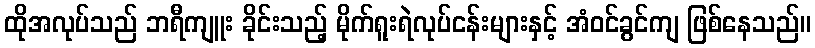
ထိုအလုပ်သည် ဘရီကျူး ခိုင်းသည့် မိုက်ရူးရဲလုပ်ငန်းများနှင့် အံဝင်ခွင်ကျ ဖြစ်နေသည်။